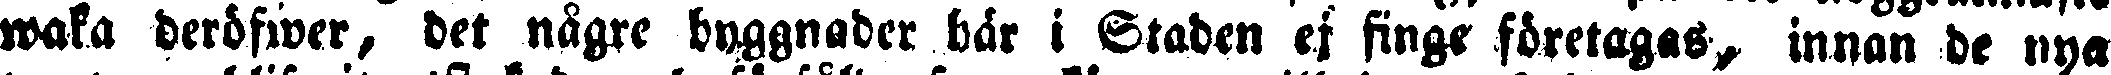
waka deröfwer, det någre byggnader här i Staden ej finge företagas, innan de nya